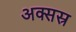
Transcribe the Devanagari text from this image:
अक्सस्र